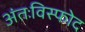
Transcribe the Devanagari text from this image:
अंतःविस्फोद